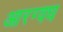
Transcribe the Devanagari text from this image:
आरग्वध